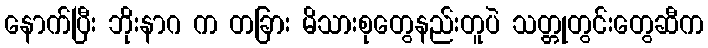
နောက်ပြီး ဘိုးနာဂ က တခြား မိသားစုတွေနည်းတူပဲ သတ္တုတွင်းတွေဆီက